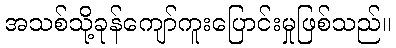
အသစ်သို့ခုန်ကျော်ကူးပြောင်းမှုဖြစ်သည်။